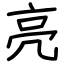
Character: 亮